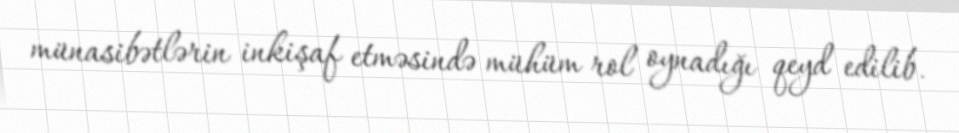
münasibətlərin inkişaf etməsində mühüm rol oynadığı qeyd edilib.